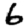
Digit: 6